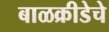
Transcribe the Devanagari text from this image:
बाळक्रीडेचे